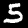
Label: 5